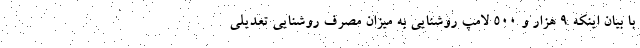
با بیان اینکه ۹ هزار و ۵۰۰ لامپ روشنایی به میزان مصرف روشنایی تعدیلی